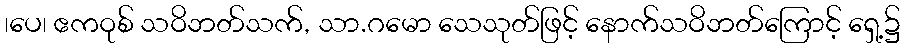
၊ပေ၊ ဧကဝုစ် သဝိဘတ်သက်, သာ.ဂမော သေသုတ်ဖြင့် နောက်သဝိဘတ်ကြောင့် ရှေ့၌